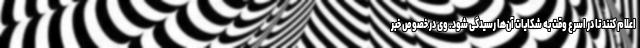
اعلام کنند تا در اسرع وقت به شکایات آن‌ها رسیدگی شود. وی در خصوص خبر